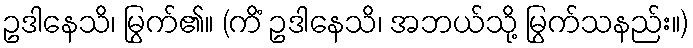
ဥဒါနေသိ၊ မြွက်၏။ (ကိံ ဥဒါနေသိ၊ အဘယ်သို့ မြွက်သနည်း။)